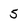
Character: 5